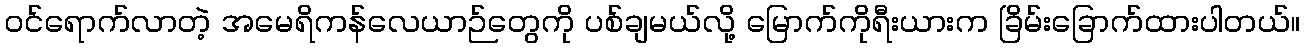
၀င်ရောက်လာတဲ့ အမေရိကန်လေယာဉ်တွေကို ပစ်ချမယ်လို့ မြောက်ကိုရီးယားက ခြိမ်းခြောက်ထားပါတယ်။